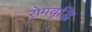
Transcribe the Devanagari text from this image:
रोगवृद्धि